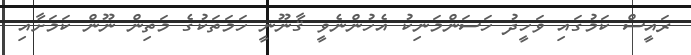
ރައީސް ކަމުގައި ވަހީދު ހަސަންމަނިކު އެހުންނެވީ ޤާނޫނީ ހަމަތަކުގެ މަތިން ނޫން ކަމަށާއި